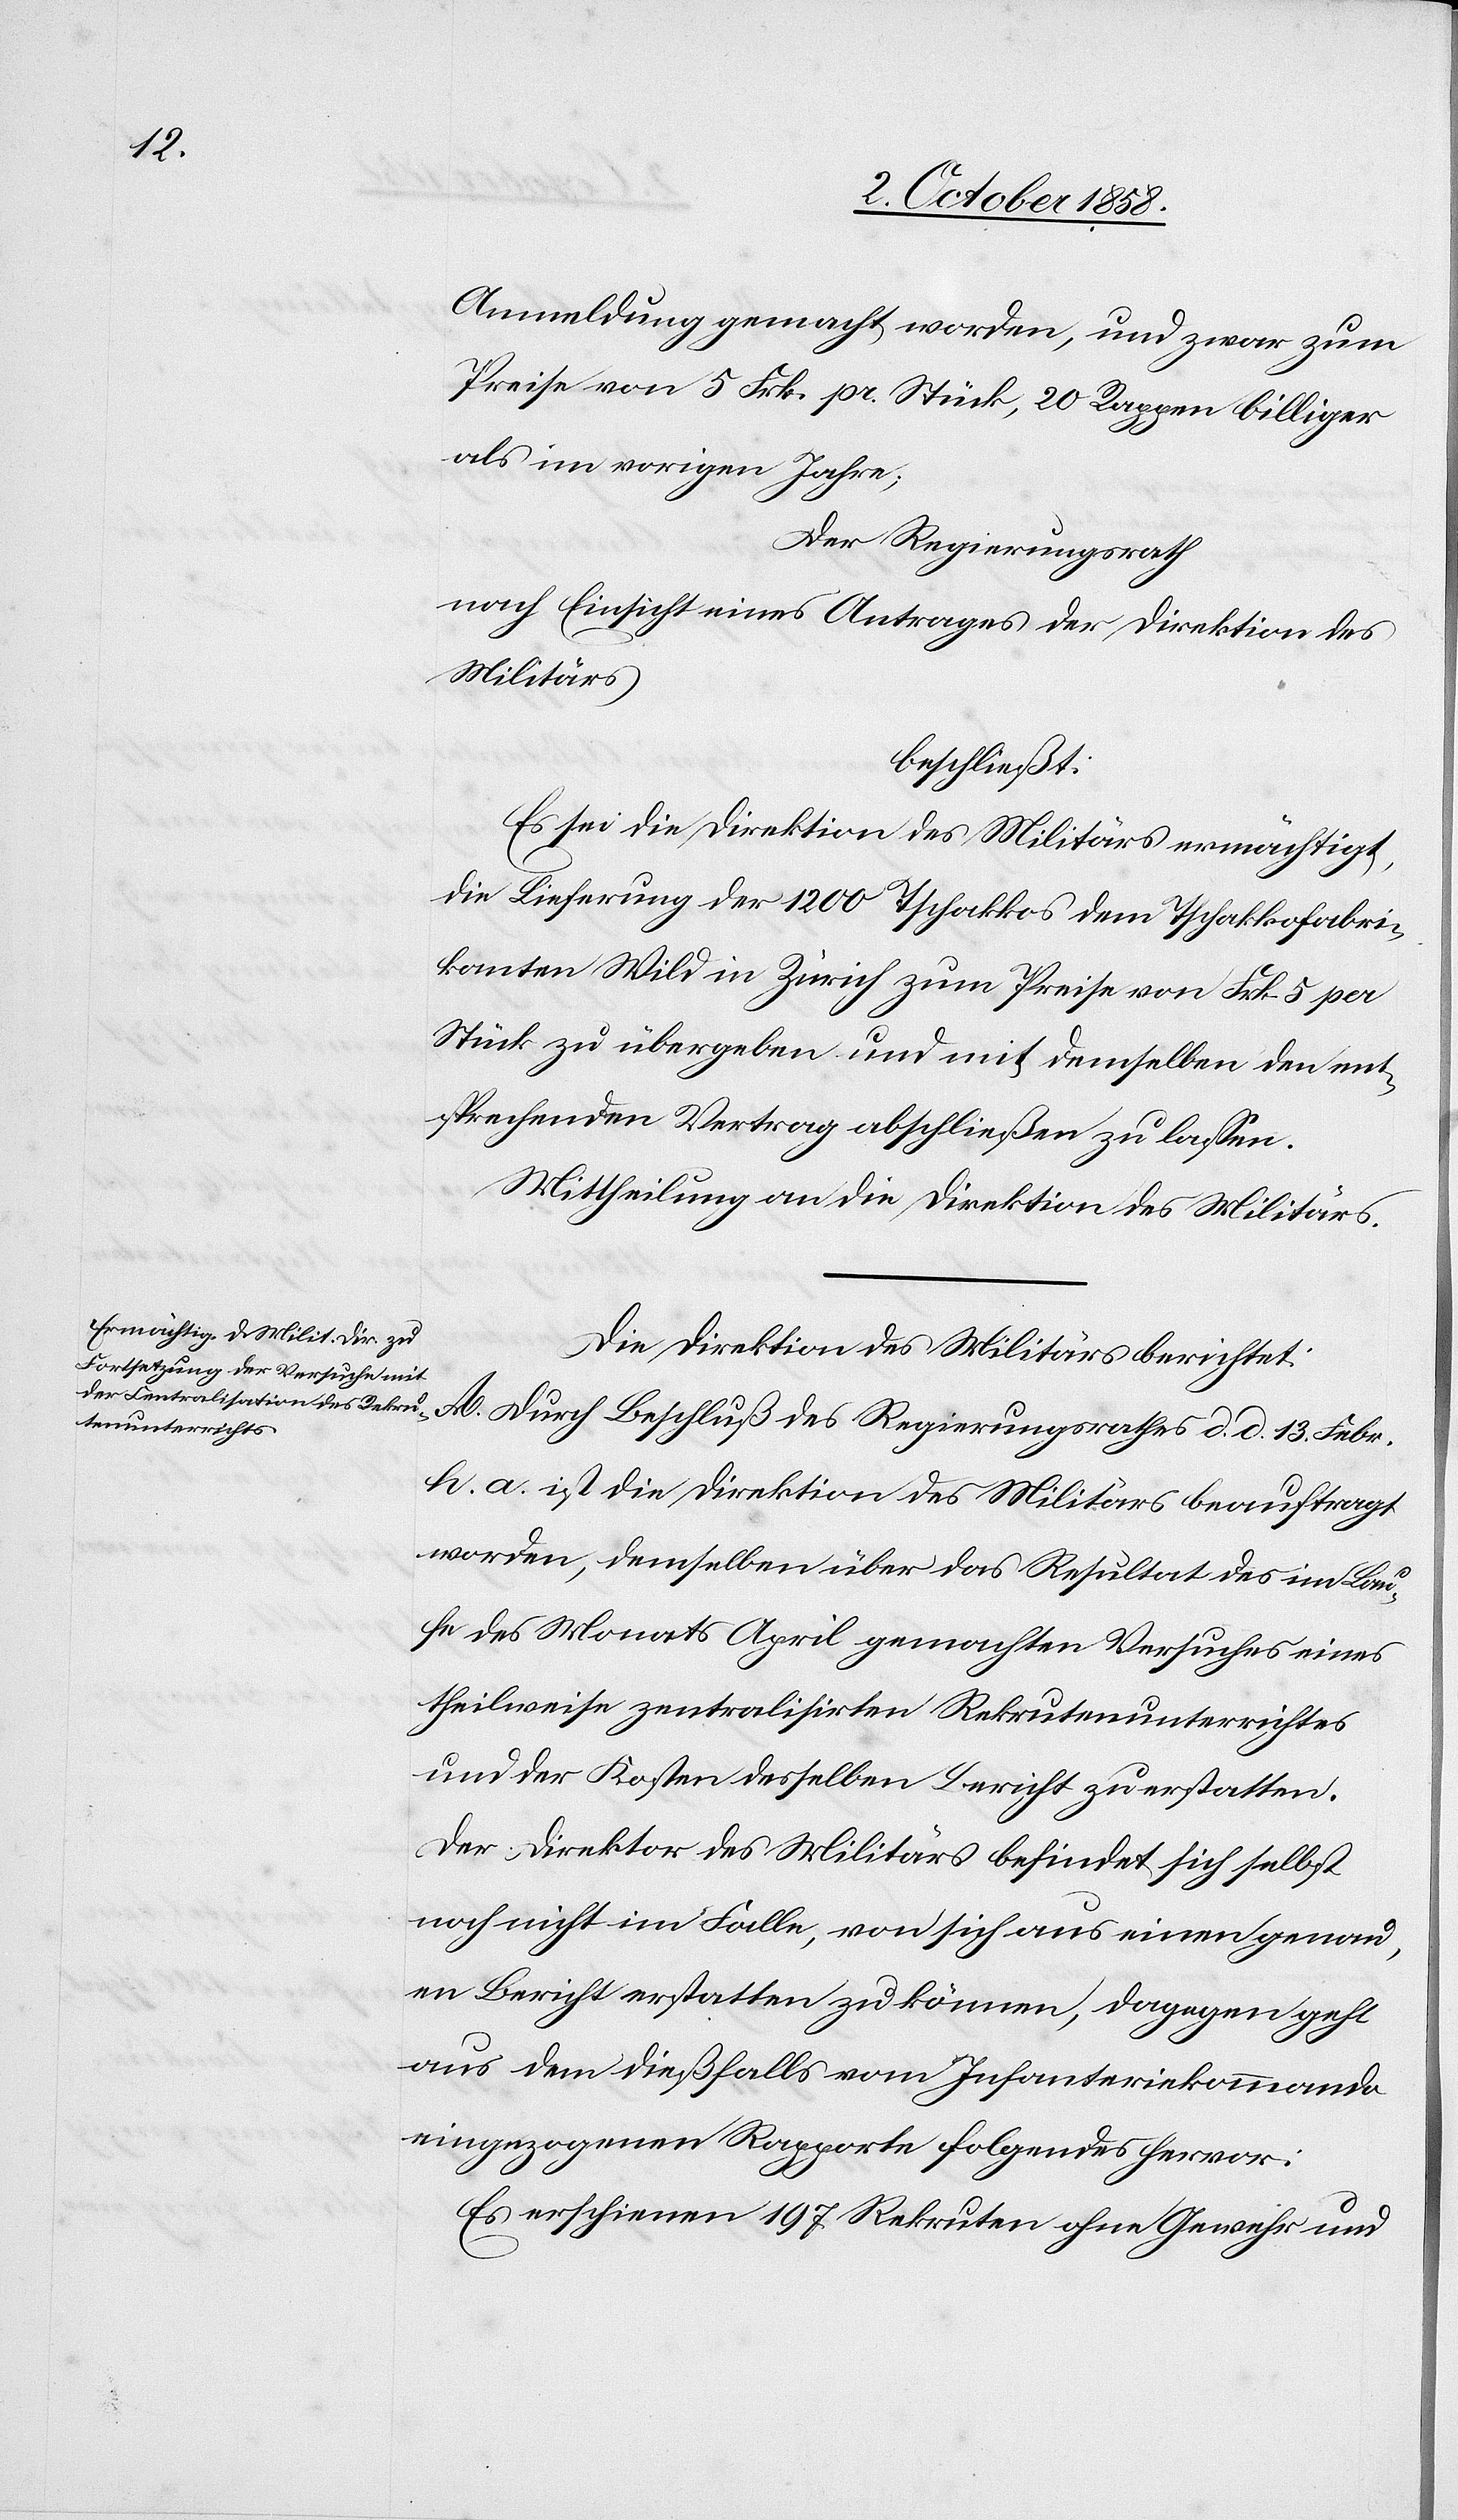
Anmeldung gemacht worden, und zwar zum
Preise von 5 Frk. pr. Stück, 20 Rappen billiger
als im vorigen Jahre;
Der Regierungsrath
nach Einsicht eines Antrages der Direktion des
Militärs
beschließt:
Es sei die Direktion des Militärs ermächtigt,
die Lieferung der 1200 Tschakkos dem Tschakkofabri¬
kanten Wild in Zürich zum Preise von Frk. 5 per
Stück zu übergeben und mit demselben den ent¬
sprechenden Vertrag abschließen zu lassen.
Mittheilung an die Direktion des Militärs.
Die Direktion des Militärs berichtet:
A. Durch Beschluß des Regierungsrathes d. d. 13. Febr.
h. a. ist die Direktion des Militärs beauftragt
worden, demselben über das Resultat des im Lau¬
fe des Monats April gemachten Versuches eines
theilweise zentralisirten Rekrutenunterrichtes
und der Kosten desselben Bericht zu erstatten.
Der Direktor des Militärs befindet sich selbst
noch nicht im Falle, von sich aus einen genau¬
en Bericht erstatten zu können, dagegen geht
aus dem dießfalls vom Infanteriekommando
eingezogenen Rapporte folgendes hervor:
Es erschienen 197 Rekruten ohne Gewehr und